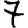
Digit: 7